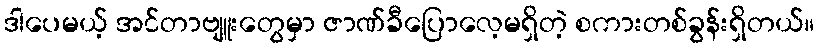
ဒါပေမယ့် အင်တာဗျူးတွေမှာ ဇာဏ်ခီပြောလေ့မရှိတဲ့ စကားတစ်ခွန်းရှိတယ်။